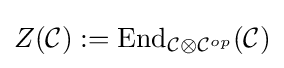
Z({\mathcal {C}}):=\mathrm {End} _{{\mathcal {C}}\otimes {\mathcal {C}}^{op}}({\mathcal {C}})